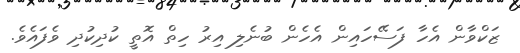
ޒަކްވާން އެހާ ފަސޭހައިން އެހެން ބުނެލި އިރު ހިތް އޮތީ ކުދިކުދި ވެފައެވެ.